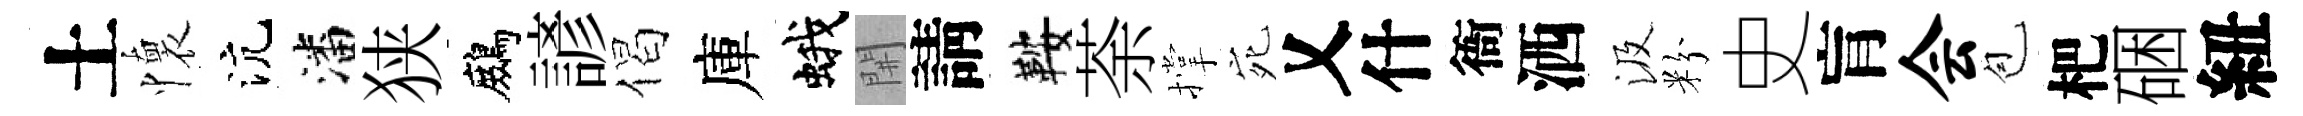
土懷沆潘狭鷓諺偈庫蛾𨳩請鞍荼撑宛乂什衙洒汲粉史肓会苞杷硱紐